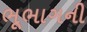
ભૂભાગની